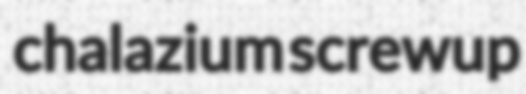
chalazium screwup